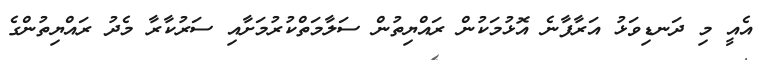
އެއީ މި ދަނޑިވަޅު އަރާފާނެ އޮޅުމަކުން ރައްޔިތުން ސަލާމަތްކުރުމަށާއި ސަރުކާރާ މެދު ރައްޔިތުންގެ